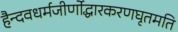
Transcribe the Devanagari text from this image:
हैन्दवधर्मजीर्णोद्धारकरणघृतमति